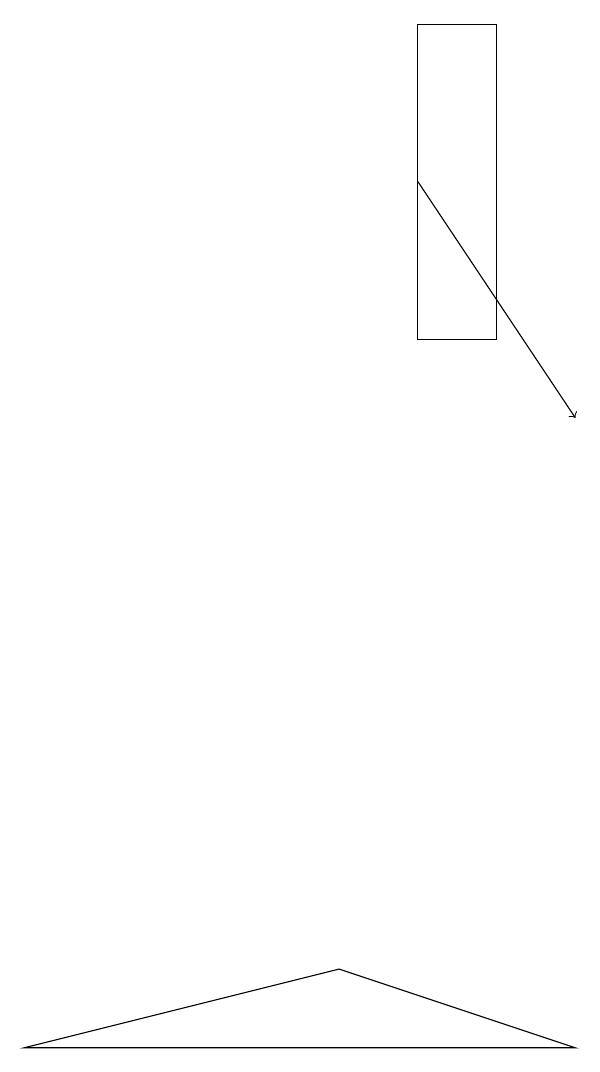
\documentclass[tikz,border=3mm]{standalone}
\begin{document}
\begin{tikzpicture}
\draw (5,15) rectangle (6,11);
\draw[->] (5,13) -- (7,10);
\draw (4,3) -- (7,2) -- (0,2) -- cycle;
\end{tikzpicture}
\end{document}